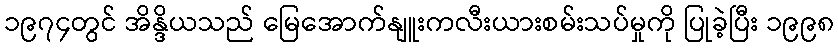
၁၉၇၄တွင် အိန္ဒိယသည် မြေအောက်နျူးကလီးယားစမ်းသပ်မှုကို ပြုခဲ့ပြီး ၁၉၉၈